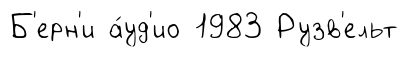
Б'ерн'и а́уд'ио 1983 Рузв'ельт